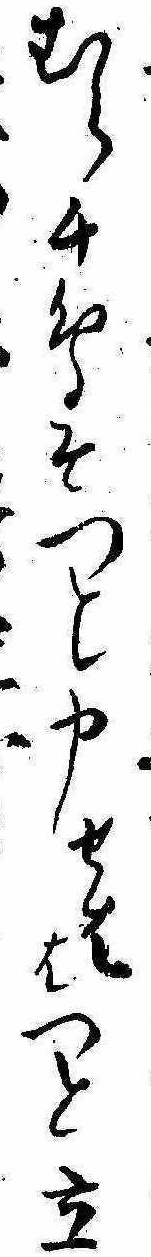
むら千鳥そつと申せははつと立